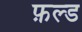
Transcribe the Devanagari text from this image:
फ़ल्ड